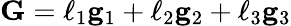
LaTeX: \mathbf{G}=\ell_{1}\mathbf{g}_{1}+\ell_{2}\mathbf{g}_{2}+\ell_{3}\mathbf{g}_{3}